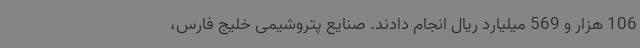
106 هزار و 569 میلیارد ریال انجام دادند. صنایع پتروشیمی خلیج فارس،